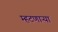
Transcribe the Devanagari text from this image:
म्हटणाऱ्या